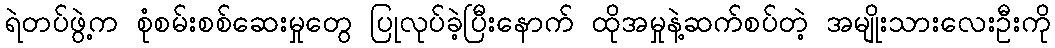
ရဲတပ်ဖွဲ့က စုံစမ်းစစ်ဆေးမှုတွေ ပြုလုပ်ခဲ့ပြီးနောက် ထိုအမှုနဲ့ဆက်စပ်တဲ့ အမျိုးသားလေးဦးကို